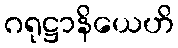
ဂရုဋ္ဌာနိယေဟိ